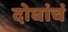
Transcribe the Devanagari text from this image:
दोघांचं